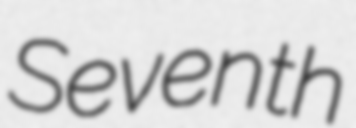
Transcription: Seventh